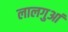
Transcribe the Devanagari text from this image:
लालगुआं